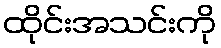
ထိုင်းအသင်းကို